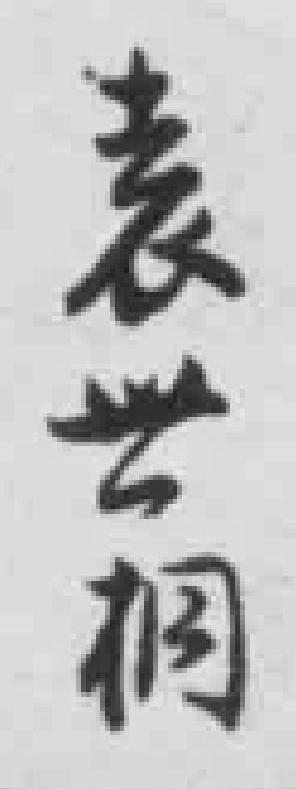
袁世桐